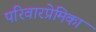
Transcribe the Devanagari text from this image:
परिवारप्रेमिका